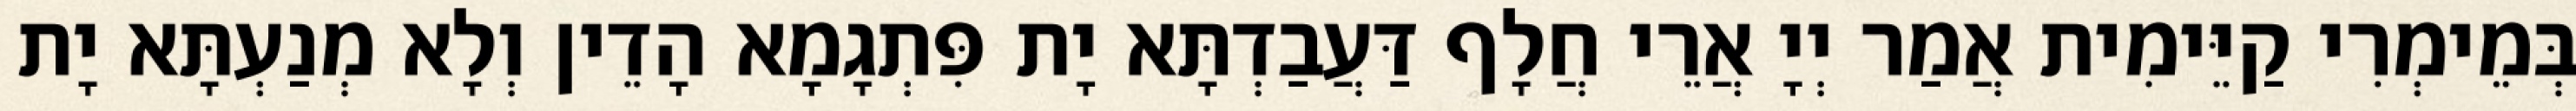
בְּמֵימְרִי קַיֵּימִית אֲמַר יְיָ אֲרֵי חֲלָף דַּעֲבַדְתָּא יָת פִּתְגָמָא הָדֵין וְלָא מְנַעְתָּא יָת